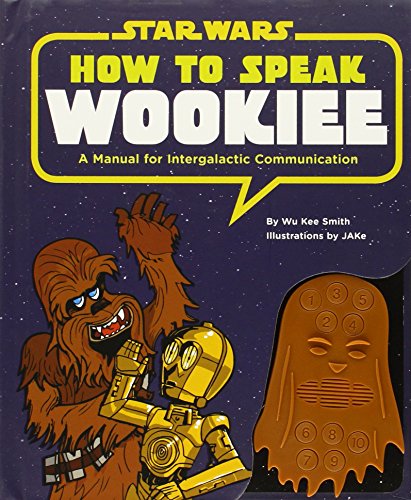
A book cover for How to Speak Wookiee: A Manual for Intergalactic Communication (Star Wars); Wu Kee Smith; Humor & Entertainment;